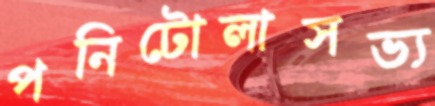
পনিটোলাসভ্য